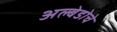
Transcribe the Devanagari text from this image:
अल्बेडोचे